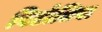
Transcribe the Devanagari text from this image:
विटोलिया